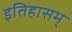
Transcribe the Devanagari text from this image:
इतिहासम्